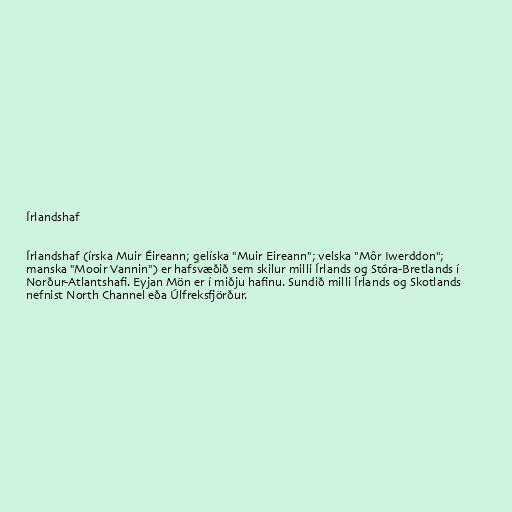
Írlandshaf

Írlandshaf (írska Muir Éireann; gelíska "Muir Eireann"; velska "Môr Iwerddon";
manska "Mooir Vannin") er hafsvæðið sem skilur milli Írlands og Stóra-Bretlands í
Norður-Atlantshafi. Eyjan Mön er í miðju hafinu. Sundið milli Írlands og Skotlands
nefnist North Channel eða Úlfreksfjörður.